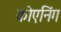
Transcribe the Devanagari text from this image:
कोएनिंग